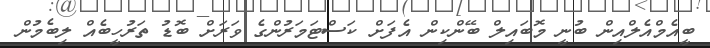
ބީއެމްއެލްއިން ބުނީ މޮބައިލް ބޭންކިން އެފަށް ކަސްޓަމަރުންގެ ވަރަށް ބޮޑު ތަރުހީބެއް ލިބެމުން